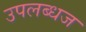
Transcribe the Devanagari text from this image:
उपलब्धज